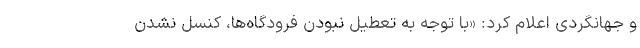
و جهانگردی اعلام کرد: «با توجه به تعطیل نبودن فرودگاه‌ها، کنسل نشدن